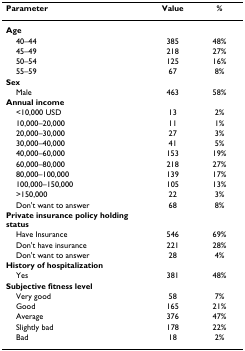
<table><thead><tr><td><b>Parameter</b></td><td><b>Value</b></td><td><b>%</b></td></tr></thead><tbody><tr><td><b>Age</b></td><td></td><td></td></tr><tr><td> 40–44</td><td>385</td><td>48%</td></tr><tr><td> 45–49</td><td>218</td><td>27%</td></tr><tr><td> 50–54</td><td>125</td><td>16%</td></tr><tr><td> 55–59</td><td>67</td><td>8%</td></tr><tr><td><b>Sex</b></td><td></td><td></td></tr><tr><td> Male</td><td>463</td><td>58%</td></tr><tr><td><b>Annual income</b></td><td></td><td></td></tr><tr><td> &lt;10,000 USD</td><td>13</td><td>2%</td></tr><tr><td> 10,000–20,000</td><td>11</td><td>1%</td></tr><tr><td> 20,000–30,000</td><td>27</td><td>3%</td></tr><tr><td> 30,000–40,000</td><td>41</td><td>5%</td></tr><tr><td> 40,000–60,000</td><td>153</td><td>19%</td></tr><tr><td> 60,000–80,000</td><td>218</td><td>27%</td></tr><tr><td> 80,000–100,000</td><td>139</td><td>17%</td></tr><tr><td> 100,000–150,000</td><td>105</td><td>13%</td></tr><tr><td> &gt;150,000</td><td>22</td><td>3%</td></tr><tr><td> Don&#x27;t want to answer</td><td>68</td><td>8%</td></tr><tr><td><b>Private insurance policy holding status</b></td><td></td><td></td></tr><tr><td> Have Insurance</td><td>546</td><td>69%</td></tr><tr><td> Don&#x27;t have insurance</td><td>221</td><td>28%</td></tr><tr><td> Don&#x27;t want to answer</td><td>28</td><td>4%</td></tr><tr><td><b>History of hospitalization</b></td><td></td><td></td></tr><tr><td> Yes</td><td>381</td><td>48%</td></tr><tr><td><b>Subjective fitness level</b></td><td></td><td></td></tr><tr><td> Very good</td><td>58</td><td>7%</td></tr><tr><td> Good</td><td>165</td><td>21%</td></tr><tr><td> Average</td><td>376</td><td>47%</td></tr><tr><td> Slightly bad</td><td>178</td><td>22%</td></tr><tr><td> Bad</td><td>18</td><td>2%</td></tr></tbody></table>